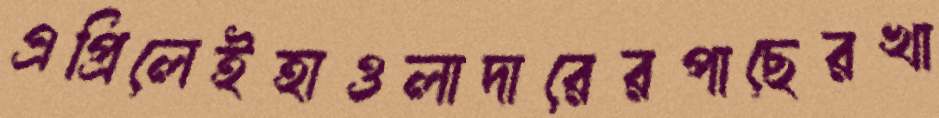
এপ্রিলেইহাওলাদারেরপাছেরখা